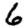
Digit: 6